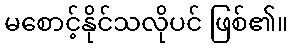
မစောင့်နိုင်သလိုပင် ဖြစ်၏။